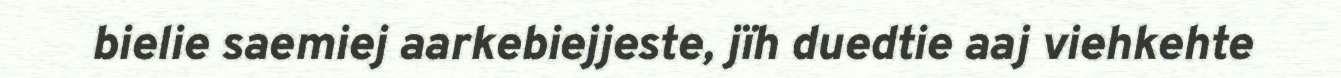
bielie saemiej aarkebiejjeste, jïh duedtie aaj viehkehte